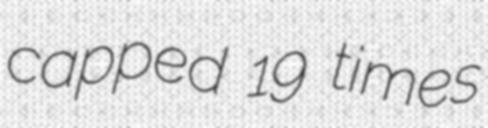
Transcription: capped 19 times